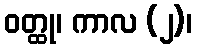
ဝတ္ထု၊ ကာလ (၂)၊